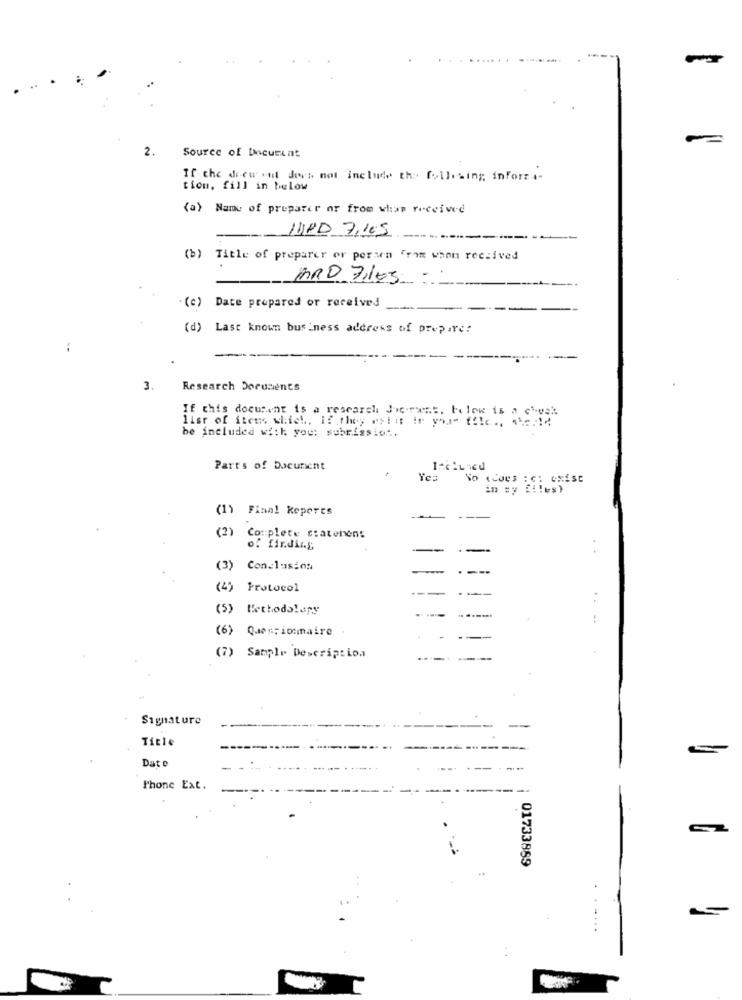
2.
Source of Document
If the derwindt does not include the following infort .-
tion, fill in below
(a) Name of preparer or from what received
11PD 7,165
-----
(b) Title of preparer or perarn Fram when received
ARD 7105 :
. (e) Date prepared or received
(d) Last known business address of prepare:
Research Documents
If this document is a research Je.rest. below is a c'est
lisr of itens which, if they es! it if you" ffle ., 11:14
be included with you: submission.
Parts of Docuricht
Yea
No .Cous : c: exist
in my files)
(1) Fiaal keperes
(2)
Couplete statenens
of finding
--
--
(3) Conclusion
--
(4) Protocol
(5) Methodolary
(6) Queniocmaire
(7) Sample Description
Signature
Title
Dat o
Phone Ext.
01733889
.....